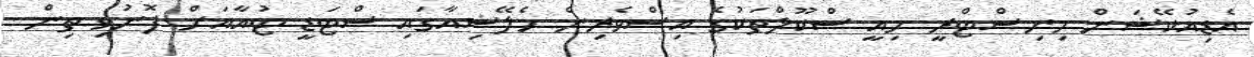
އެޑިއުކޭޝަން މިނިސްޓްރީ މިއީ ސްކޫލްތަކުގެ އިސްވެރިން މެލޭޝިއާގައި ސްޓަޑީ ޓުއާއަށް ފޮނުވި ތިން